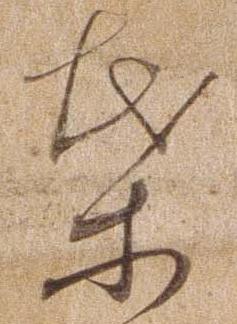
は